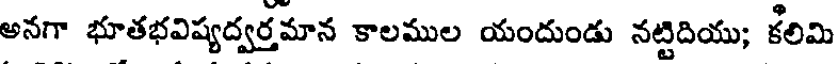
అనగా భూతభవిష్యద్వర్తమాన కాలముల యందుండు నట్టిదియు; కలిమి